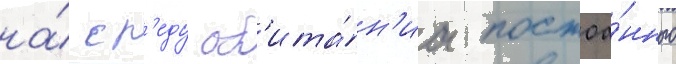
на́ ср'еду об'ита́н'иа постоа́нного